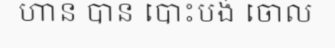
ហាន បាន បោះបង់ ចោល